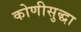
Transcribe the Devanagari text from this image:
कोणीसुद्धा